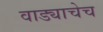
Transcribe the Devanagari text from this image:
वाड्याचेच